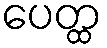
ပေတ္ထ